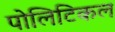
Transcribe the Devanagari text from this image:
पोलिटिकल